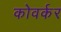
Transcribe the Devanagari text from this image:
कोवर्कर